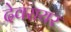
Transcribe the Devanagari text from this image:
देवरायर